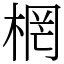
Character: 棢